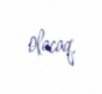
olacaq.